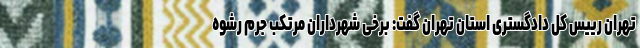
تهران رییس کل دادگستری استان تهران گفت: برخی شهرداران مرتکب جرم رشوه‌